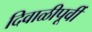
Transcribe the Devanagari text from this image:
दिवाळीपूर्वी